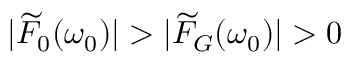
| \widetilde { F } _ { 0 } ( \omega _ { 0 } ) | > | \widetilde { F } _ { G } ( \omega _ { 0 } ) | > 0